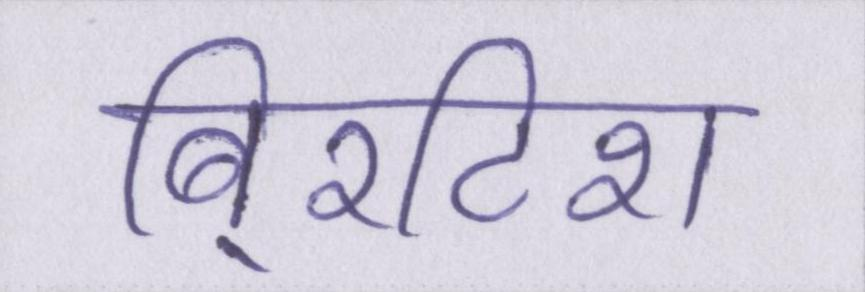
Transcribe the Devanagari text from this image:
बि्रटिश